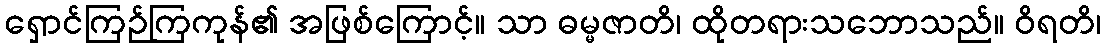
ရှောင်ကြဉ်ကြကုန်၏ အဖြစ်ကြောင့်။ သာ ဓမ္မဇာတိ၊ ထိုတရားသဘောသည်။ ဝိရတိ၊